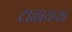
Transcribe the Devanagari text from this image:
टाळायच्या